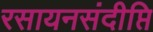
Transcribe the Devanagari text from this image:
रसायनसंदीप्ति